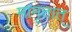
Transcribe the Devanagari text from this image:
मामृतात्